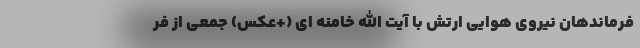
فرماندهان نیروی هوایی ارتش با آیت الله خامنه اي (+عکس) جمعی از فر